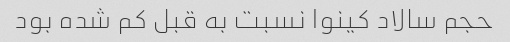
حجم سالاد کینوا نسبت به قبل کم شده بود